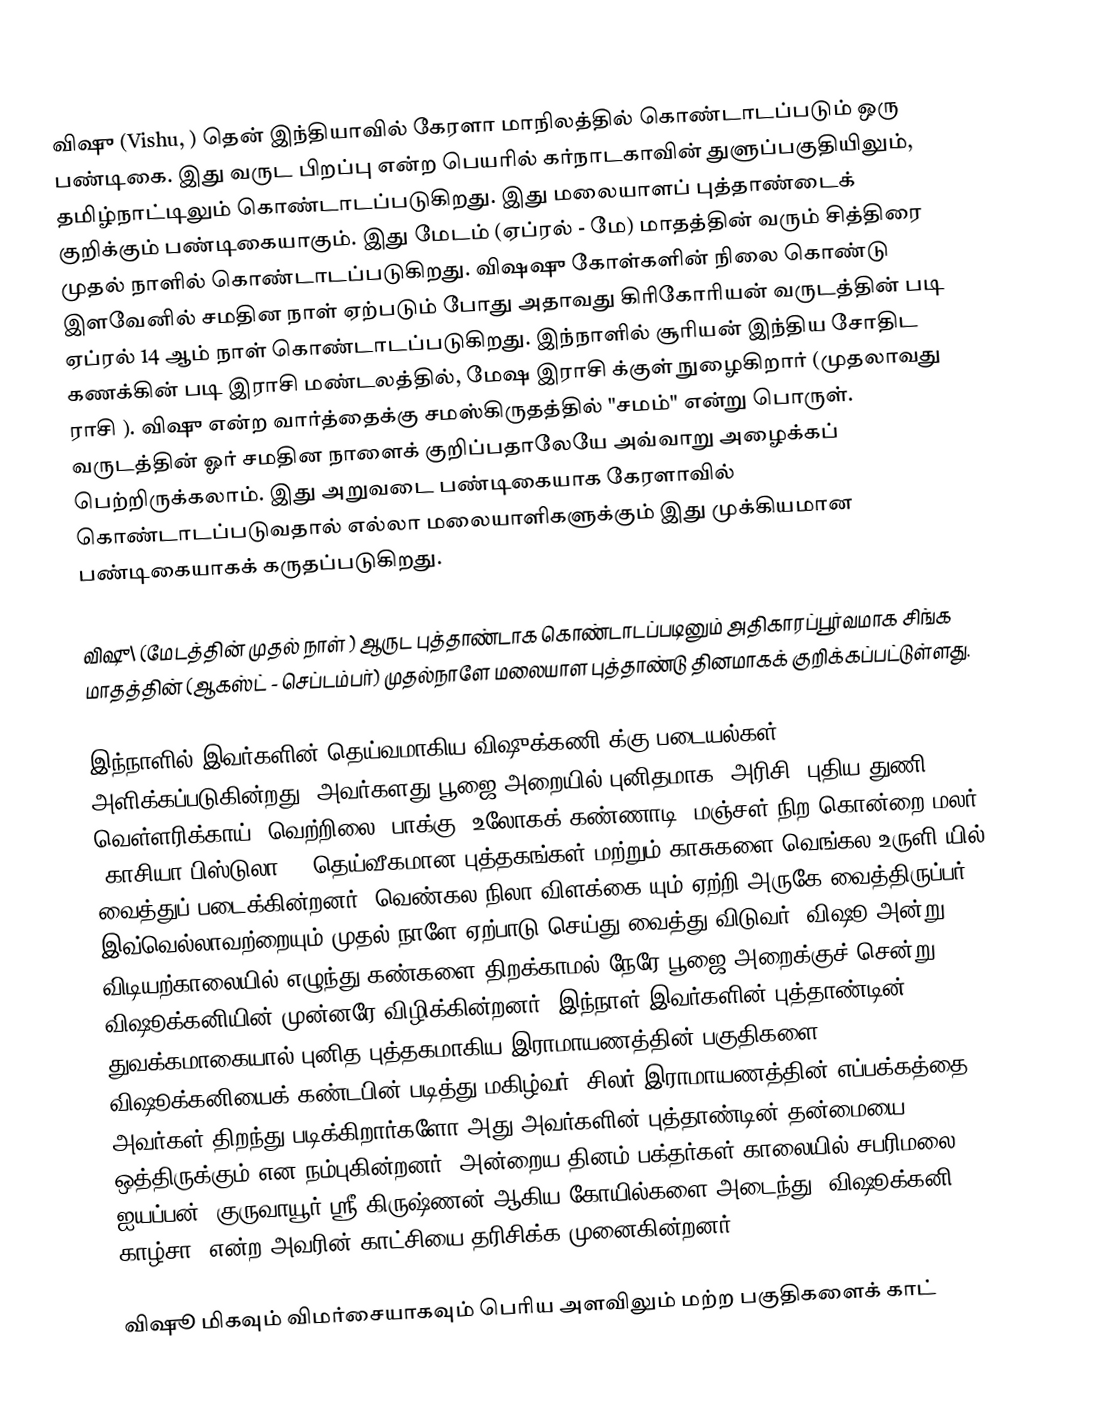
விஷு (Vishu, ) தென் இந்தியாவில் கேரளா மாநிலத்தில் கொண்டாடப்படும் ஒரு பண்டிகை. இது வருட பிறப்பு  என்ற பெயரில் கர்நாடகாவின் துளுப்பகுதியிலும், தமிழ்நாட்டிலும் கொண்டாடப்படுகிறது. இது மலையாளப் புத்தாண்டைக் குறிக்கும் பண்டிகையாகும். இது மேடம் (ஏப்ரல் - மே) மாதத்தின் வரும்  சித்திரை முதல் நாளில் கொண்டாடப்படுகிறது. விஷஷு கோள்களின் நிலை கொண்டு இளவேனில் சமதின நாள் ஏற்படும் போது அதாவது கிரிகோரியன் வருடத்தின் படி ஏப்ரல் 14 ஆம் நாள் கொண்டாடப்படுகிறது. இந்நாளில் சூரியன் இந்திய சோதிட கணக்கின் படி இராசி மண்டலத்தில், மேஷ இராசி க்குள் நுழைகிறார் (முதலாவது ராசி ). விஷு என்ற வார்த்தைக்கு சமஸ்கிருதத்தில் "சமம்" என்று பொருள். வருடத்தின் ஓர் சமதின நாளைக் குறிப்பதாலேயே அவ்வாறு அழைக்கப் பெற்றிருக்கலாம். இது அறுவடை பண்டிகையாக கேரளாவில் கொண்டாடப்படுவதால் எல்லா மலையாளிகளுக்கும் இது முக்கியமான பண்டிகையாகக் கருதப்படுகிறது.

விஷு\ (மேடத்தின் முதல் நாள் ) ஆருட புத்தாண்டாக கொண்டாடப்படினும் அதிகாரப்பூர்வமாக சிங்க மாதத்தின் (ஆகஸ்ட் - செப்டம்பர்) முதல்நாளே மலையாள புத்தாண்டு தினமாகக் குறிக்கப்பட்டுள்ளது.

இந்நாளில் இவர்களின் தெய்வமாகிய விஷுக்கணி க்கு படையல்கள் அளிக்கப்படுகின்றது. அவர்களது பூஜை அறையில் புனிதமாக, அரிசி, புதிய துணி, வெள்ளரிக்காய், வெற்றிலை, பாக்கு, உலோகக் கண்ணாடி, மஞ்சள் நிற கொன்றை  மலர் (காசியா பிஸ்டுலா ), தெய்வீகமான புத்தகங்கள் மற்றும் காசுகளை வெங்கல உருளி யில் வைத்துப் படைக்கின்றனர். வெண்கல நிலா விளக்கை யும் ஏற்றி அருகே வைத்திருப்பர். இவ்வெல்லாவற்றையும் முதல் நாளே ஏற்பாடு செய்து வைத்து விடுவர். விஷூ அன்று விடியற்காலையில் எழுந்து கண்களை திறக்காமல் நேரே பூஜை அறைக்குச் சென்று விஷூக்கனியின் முன்னரே விழிக்கின்றனர். இந்நாள் இவர்களின் புத்தாண்டின் துவக்கமாகையால் புனித புத்தகமாகிய இராமாயணத்தின் பகுதிகளை விஷூக்கனியைக் கண்டபின் படித்து மகிழ்வர். சிலர் இராமாயணத்தின் எப்பக்கத்தை அவர்கள் திறந்து படிக்கிறார்களோ அது அவர்களின் புத்தாண்டின் தன்மையை ஒத்திருக்கும் என நம்புகின்றனர். அன்றைய தினம் பக்தர்கள் காலையில் சபரிமலை ஐயப்பன், குருவாயூர் ஸ்ரீ கிருஷ்ணன் ஆகிய கோயில்களை அடைந்து "விஷூக்கனி காழ்சா" என்ற அவரின் காட்சியை தரிசிக்க முனைகின்றனர்.

விஷூ மிகவும் விமர்சையாகவும் பெரிய அளவிலும் மற்ற பகுதிகளைக் காட்